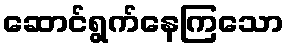
ဆောင်ရွက်နေကြသော